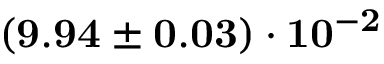
\mathbf { ( 9 . 9 4 \pm 0 . 0 3 ) \cdot 1 0 ^ { - 2 } }